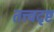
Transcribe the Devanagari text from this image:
तत्त्वदृष्ट